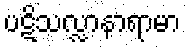
ပဋိသလ္လာနာရာမာ